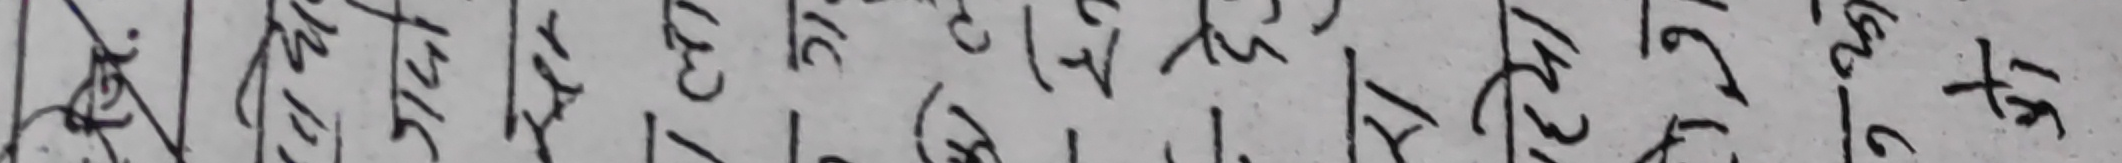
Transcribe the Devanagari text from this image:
३६ १७ १६ गयौ आजको १० १४ १३ १२ १६ २० ५० १५